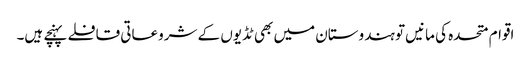
اقوام متحدہ کی مانیں تو ہندوستان میں بھی ٹڈیوں کے شروعاتی قافلے پہنچے ہیں۔